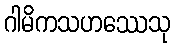
ဂါမိကသဟဿေသု